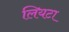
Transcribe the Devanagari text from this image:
लियटा